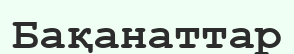
Бақанаттар